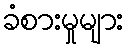
ခံစားမှုများ